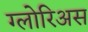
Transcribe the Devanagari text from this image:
ग्लोरिअस